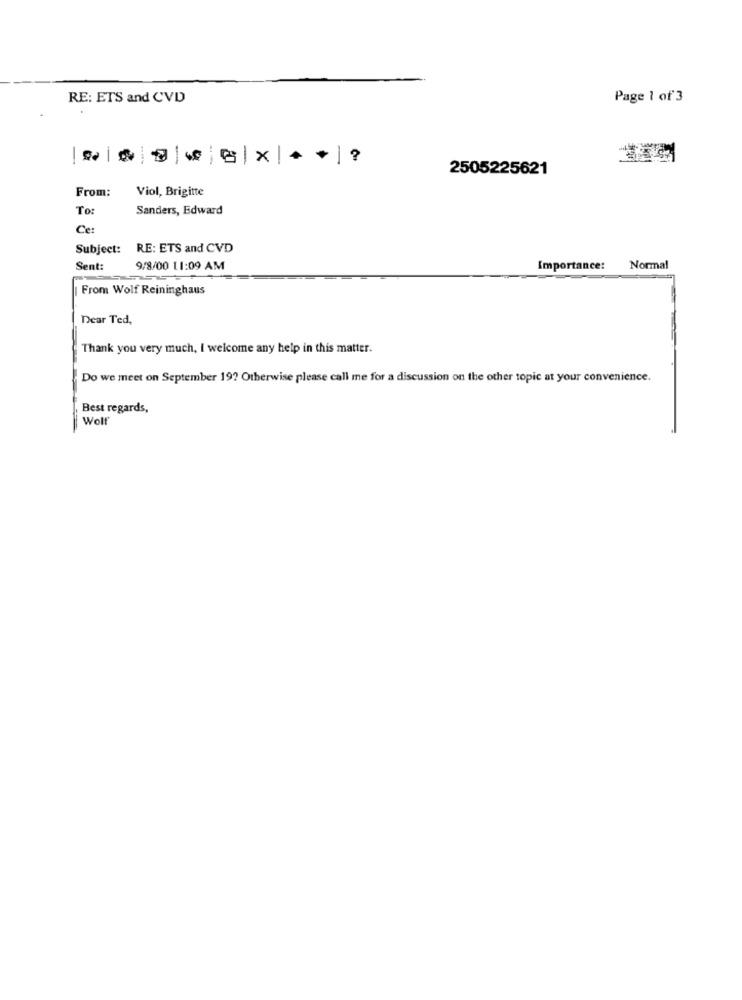
RE: ETS and CVD
Page 1 of3
|O | C |. |X| * * |?
2505225621
From:
Viol, Brigitte
To
Sanders, Edward
Ce:
Subject:
RE: ETS and CVD
Sent:
9/8/00 11:09 AM
Importance:
Normal
From Wolf Reininghaus
Dear Ted,
Thank you very much, I welcome any help in this matter.
Do we meet on September 19? Otherwise please call me for a discussion on the other topic at your convenience.
Best regards,
Wolf